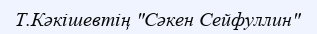
Т.Кәкішевтің "Сәкен Сейфуллин"